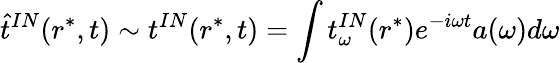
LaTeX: \widehat t^{IN}(r^{*},t)\sim t^{IN}(r^{*},t)=\int t_{\omega}^{IN}(r^{*})e^{-i\omega t}a(\omega)d\omega